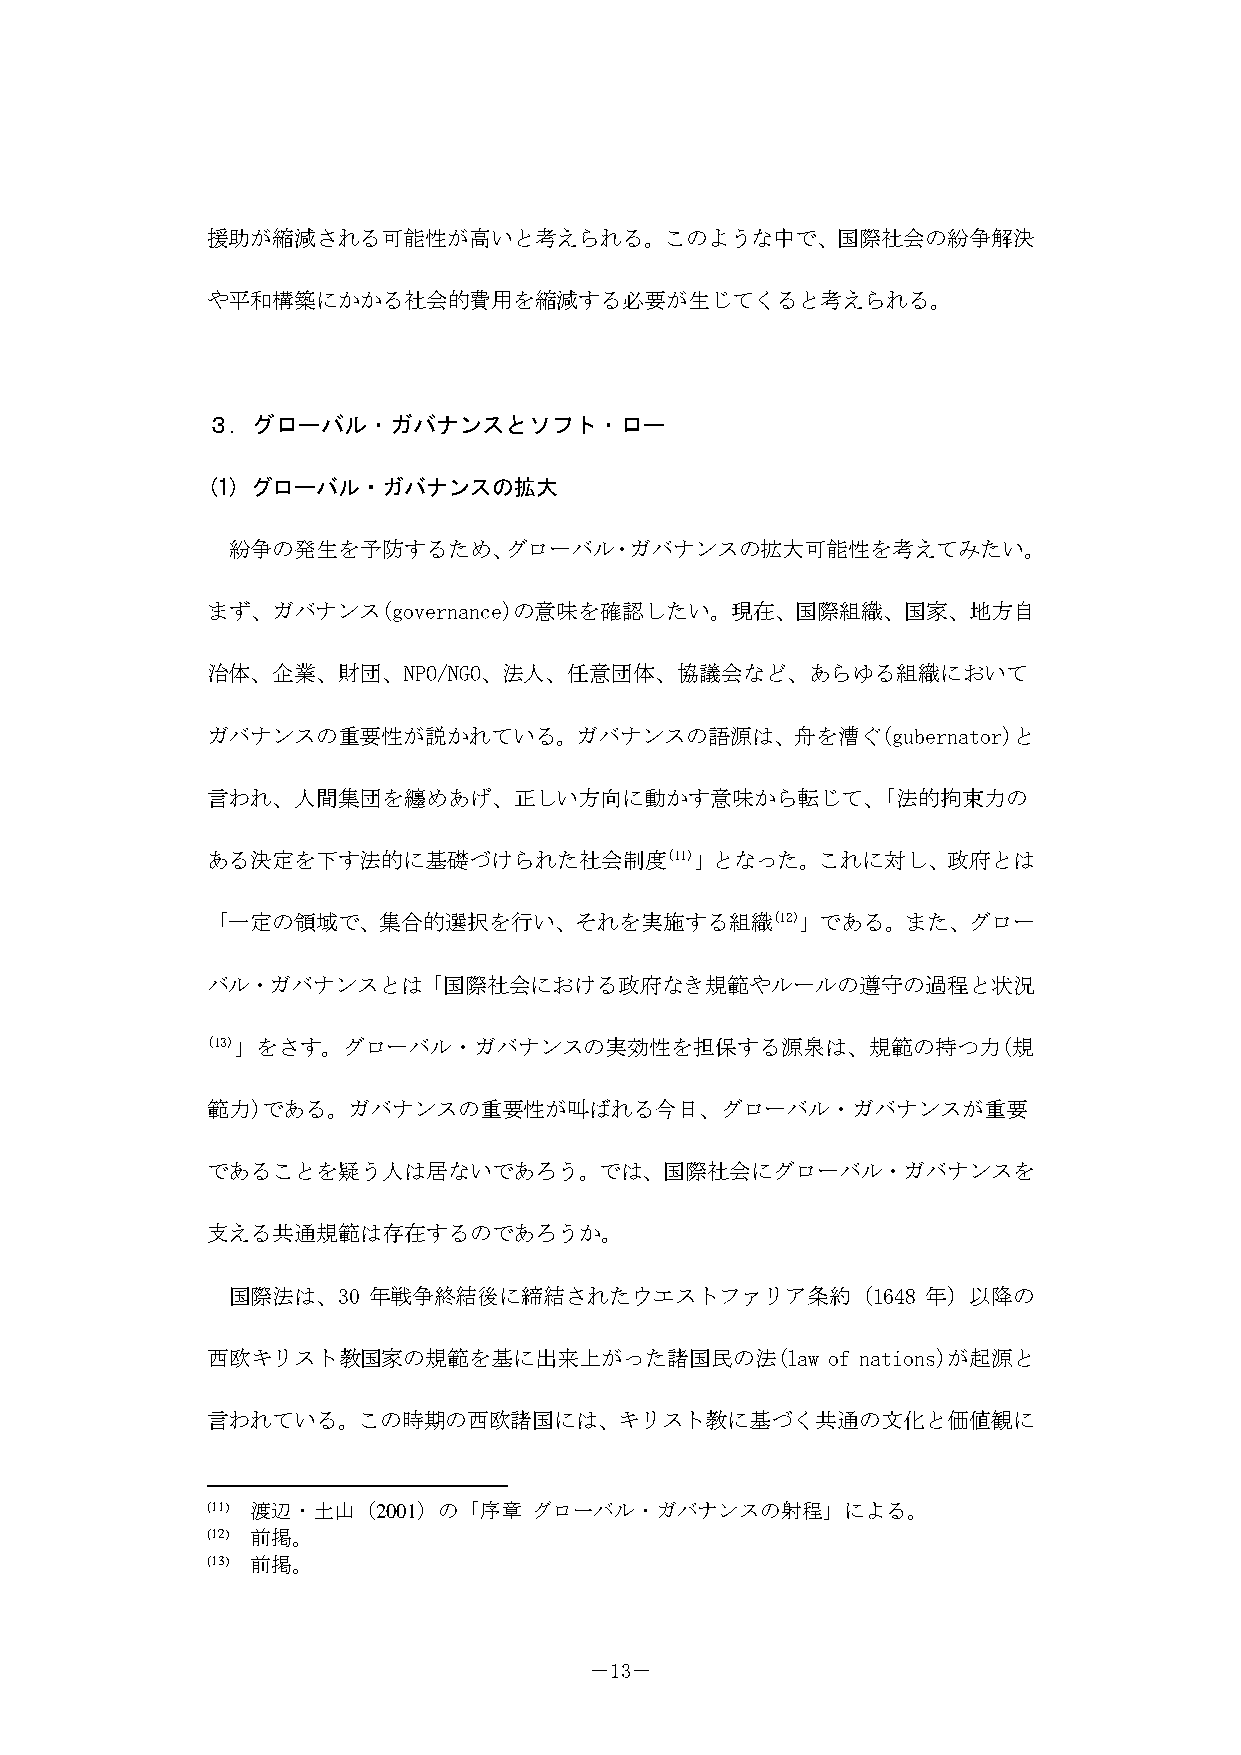
援助が縮減される可能性が高いと考えられる。このような中で、国際社会の紛争解決
 や平和構築にかかる社会的費用を縮減する必要が生じてくると考えられる。
 ３．グローバル・ガバナンスとソフト・ロー
 (1) グローバル・ガバナンスの拡大
 紛争の発生を予防するため、グローバル・ガバナンスの拡大可能性を考えてみたい。
 まず、ガバナンス(governance)の意味を確認したい。現在、国際組織、国家、地方自
 治体、企業、財団、NPO/NGO、法人、任意団体、協議会など、あらゆる組織において
 ガバナンスの重要性が説かれている。ガバナンスの語源は、舟を漕ぐ(gubernator)と
 言われ、人間集団を纏めあげ、正しい方向に動かす意味から転じて、「法的拘束力の
 ある決定を下す法的に基礎づけられた社会制度(11)」となった。これに対し、政府とは
 「一定の領域で、集合的選択を行い、それを実施する組織(12)」である。また、グロー
 バル・ガバナンスとは「国際社会における政府なき規範やルールの遵守の過程と状況
 (13)」をさす。グローバル・ガバナンスの実効性を担保する源泉は、規範の持つ力(規
 範力)である。ガバナンスの重要性が叫ばれる今日、グローバル・ガバナンスが重要
 であることを疑う人は居ないであろう。では、国際社会にグローバル・ガバナンスを
 支える共通規範は存在するのであろうか。
 国際法は、30  年戦争終結後に締結されたウエストファリア条約（1648          年）以降の
 西欧キリスト教国家の規範を基に出来上がった諸国民の法(law           of nations)が起源と
 言われている。この時期の西欧諸国には、キリスト教に基づく共通の文化と価値観に
 (11) 渡辺・土山（2001）の「序章 グローバル・ガバナンスの射程」による。
 (12) 前掲。
 (13) 前掲。
 －13－